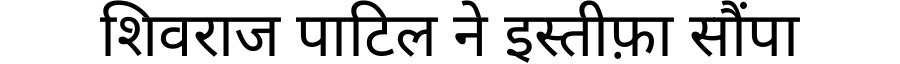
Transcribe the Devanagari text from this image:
शिवराज पाटिल ने इस्तीफ़ा सौंपा